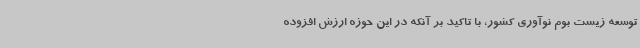
توسعه زیست بوم نوآوری کشور، با تاکید بر آنکه در این حوزه ارزش افزوده